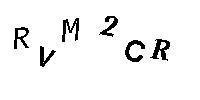
RVM2CR